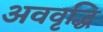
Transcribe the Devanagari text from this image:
अववृद्धि